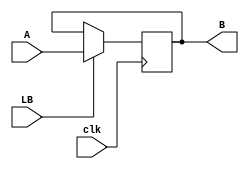
`timescale 1ns / 1ps
module REG_B (input [7:0] A,input LB, clk, output reg [7:0] B );
always @(posedge clk)
begin
if (LB == 1)
B <= A;
else
B <= B;
end
endmodule